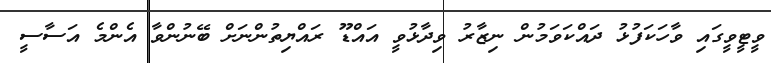
ވީޓީވީގައި ވާހަކަފުޅު ދައްކަވަމުން ނިޒާރު ވިދާޅުވީ އައްޑޫ ރައްޔިތުންނަށް ބޭނުންވާ އެންމެ އަސާސީ